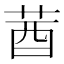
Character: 莤